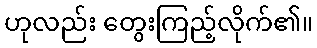
ဟုလည်း တွေးကြည့်လိုက်၏။